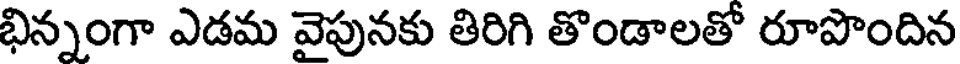
భిన్నంగా ఎడమ వైపునకు తిరిగి తొండాలతో రూపొందిన